Tartu_linnavalitsus, lk 17
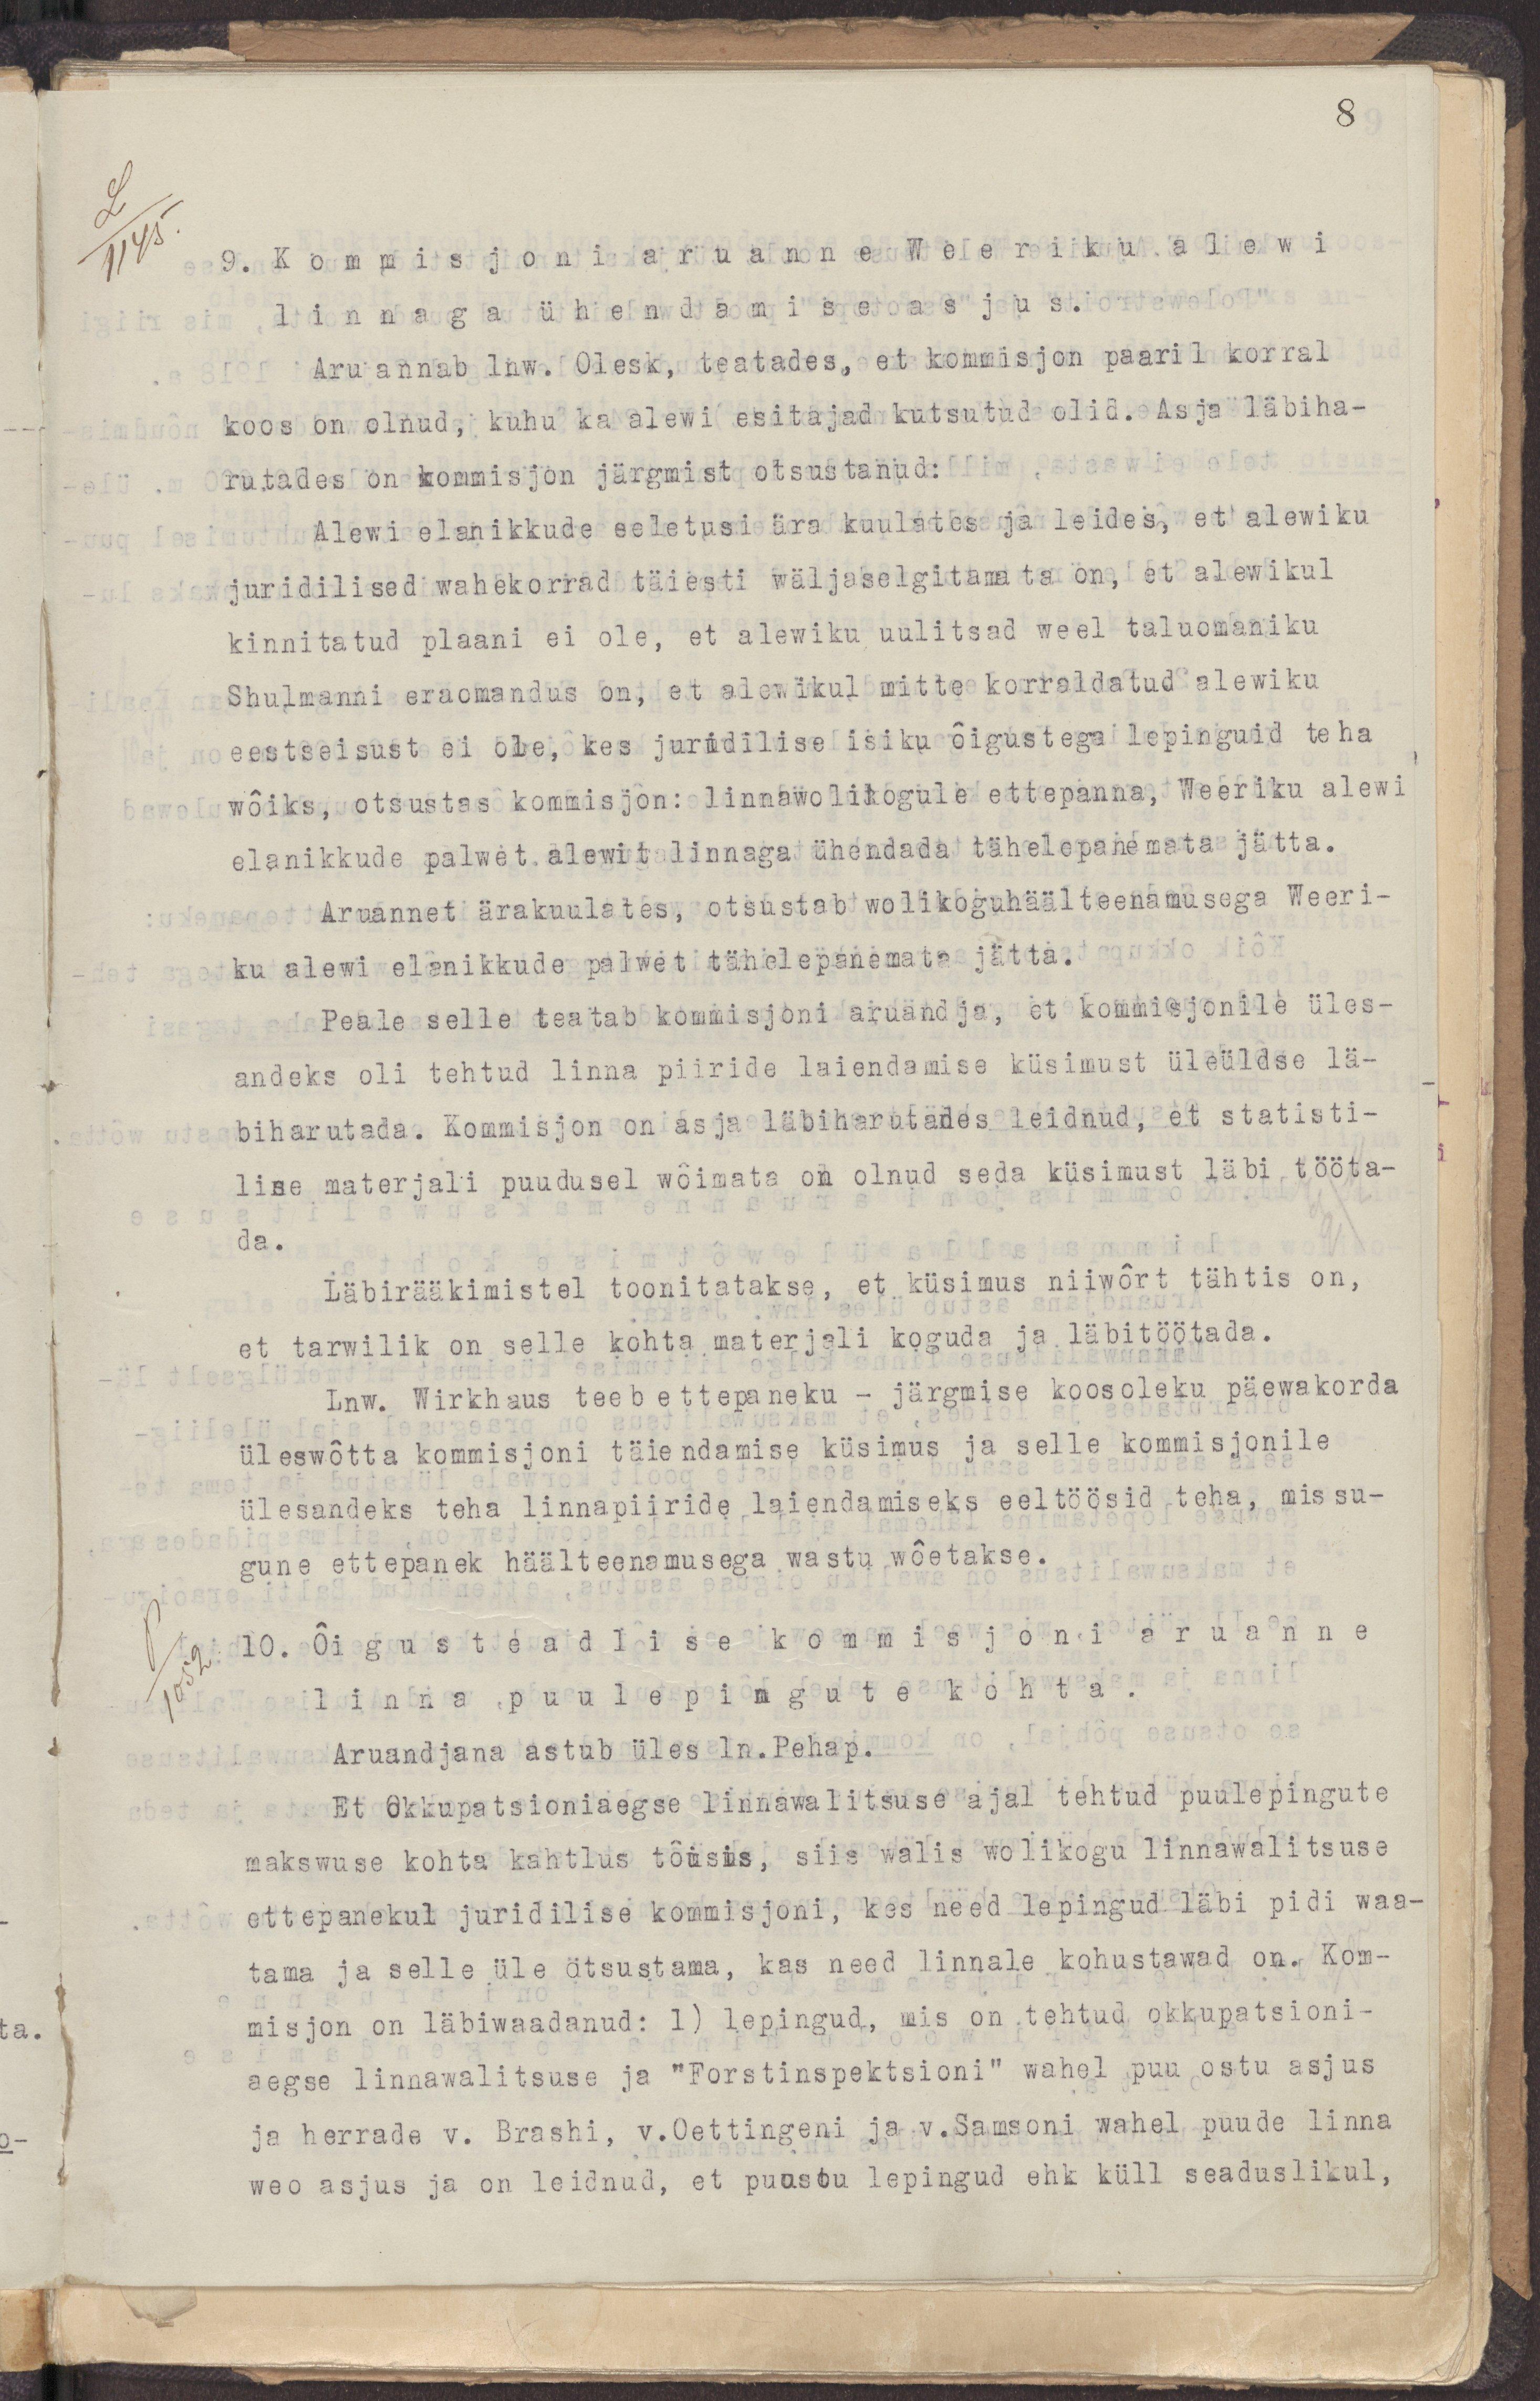
8
9. Kommisjoni aruanne Weeriku alewi
linnaga ühendamise asjus.
Aru annab lnw. Olesk, teatades, et kommisjon paaril korral
koos on olnud, kuhu ka alewi esitajad kutsutud olid. Asja läbiha-
rutades on kommisjon järgmist otsustanud:
Alewi elanikkude seletusi ära kuulates ja leides, et alewiku
juridilised wahekorrad täiesti wäljaselgitamata on, et alewikul
kinnitatud plaani ei ole, et alewiku uulitsad weel taluomaniku
Shulmanni eraomandus on, et alewikul mitte korraldatud alewiku
eestseisust ei ole, kes juridilise isiku õigustega lepinguid teha
wõiks, otsustas kommisjon: linnawolikogule ettepanna, Weeriku alewi
elanikkude palwet alewit linnaga ühendada tähelepanemata jätta.
Aruannet ärakuulates otsustab wolikogu häälteenamusega Weeri-
ku alewi elanikkude palwet tähelepanemata jätta.
Peale selle teatab kommisjoni aruandja, et kommisjonile üles-
andeks oli tehtud linna piiride laiendamise küsimust üleüldse lä-
biharutada. Kommisjon oli asja läbiharutades leidnud, et statisti-
lise materjali puudusel wõimata on olnud seda küsimust läbi tööta-
da.
Läbirääkimistel toonitatakse, et küsimus niiwõrt tähtis on,
et tarwilik on selle kohta materjali koguda ja läbitöötada.
Lnw Wirkhaus teeb ettepaneku - järgmise koosoleku päewakorda
üeswõtta kommisjoni täiendamise küsimus ja selle kommisjonile
ülesandeks teha linnpiiride laiendamiseks eeltöösid teha, missu-
gune ettepanek häälteenamusega wastu wõetakse.
10. Õigusteadlise kommisjoni aruanne
linna puulepingute kohta
Aruandjana astub üles ln.Pehap.
Et okkupatsioniaegse linnawalitsuse ajal tehtud puulepingute
makswuse kohta kahtlus tõusis, siis walis wolikogu linnawalitsuse
ettepanekul juridilise kommisjoni, kes nee lepingud läbi pidi waa-
tama ja selle üle otsustama, kas need linnale kohustawad on. Kom-
misjon on läbiwaadanud: 1) lepingud, mis on tehtud okkupatsioni-
aegse linnawalitsuse ja "Forstinspektioni" wahel puu ostu asjus
ja herrade v. Brashi, v. Oettingeni ja v.Samsoni wahel puude linna
weo asjus ja on leidnud, et puuostu lepingud ehk küll seaduslikul,